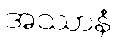
အဿာနံ